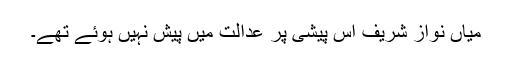
میاں نواز شریف اس پیشی پر عدالت میں پیش نہیں ہوئے تھے۔